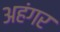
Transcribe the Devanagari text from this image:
अहंगर